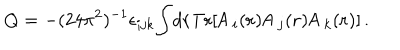
Q = - ( 2 4 { \pi } ^ { 2 } ) ^ { - 1 } { \epsilon } _ { i j k } { \int } d { \bf { r } } \mathrm { T r } [ { \sf A } \, _ { i } ( { \bf { r } } ) { \sf A } \, _ { j } ( { \bf { r } } ) { \sf A } \, _ { k } ( { \bf { r } } ) ] \, .